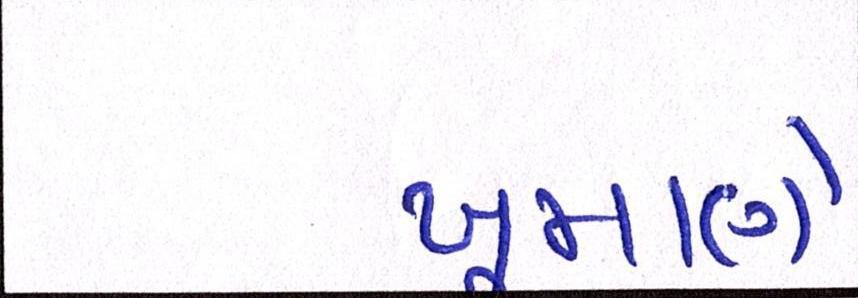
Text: ખૂમાણે